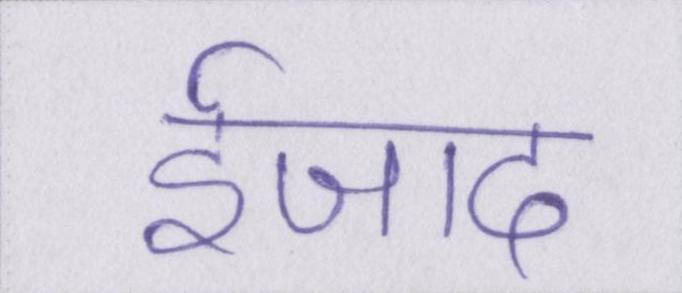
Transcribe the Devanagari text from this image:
ईजाद